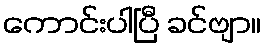
ကောင်းပါပြီ ခင်ဗျာ။